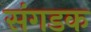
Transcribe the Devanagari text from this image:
संगडक